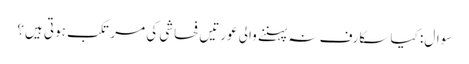
سوال: کیا سکارف نہ پہننے والی عورتیں فحاشی کی مرتکب ہوتی ہیں؟